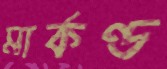
মার্কণ্ড